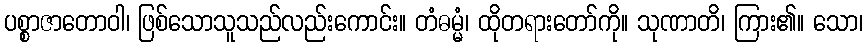
ပစ္စာဇာတောဝါ၊ ဖြစ်သောသူသည်လည်းကောင်း။ တံဓမ္မံ၊ ထိုတရားတော်ကို။ သုဏာတိ၊ ကြား၏။ သော၊